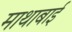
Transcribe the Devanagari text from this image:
माथाबाई